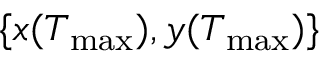
\{ x ( T _ { \mathrm { m a x } } ) , y ( T _ { \mathrm { m a x } } ) \}